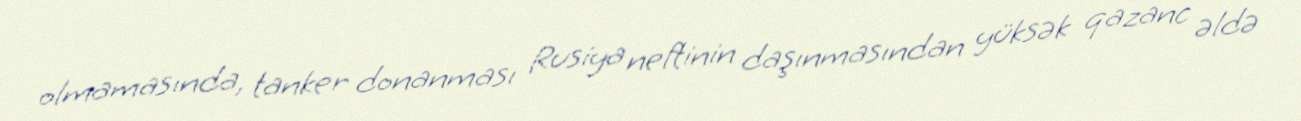
olmamasında, tanker donanması Rusiya neftinin daşınmasından yüksək qazanc əldə